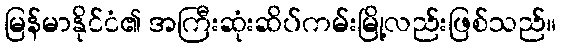
မြန်မာနိုင်ငံ၏ အကြီးဆုံးဆိပ်ကမ်းမြို့လည်းဖြစ်သည်။